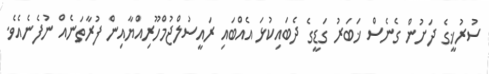
ސުރުޚީގެ ދަށުން ގެނެސް ޚަބަރު ގަޑީގެ ދެބައިކުޅަ އެއްބައި ރައީސުލްޖުމްހޫރިއްޔާއިން ފުރާތަނެއް ނުފެނެއެވެ.